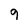
Character: 9